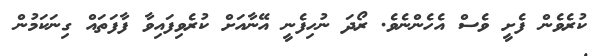
ކުރެވެން ފެށީ ވެސް އެހެންނެވެ. ރޯދަ ނުހިފެނީ އޭނާއަށް ކުރެވިފައިވާ ފާފަތައް ގިނަކަމުން